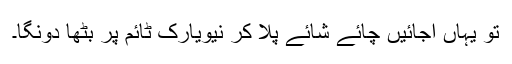
تو یہاں آجائیں چائے شائے پلا کر نیویارک ٹائم پر بٹھا دونگا۔